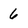
Character: 6